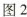
图2